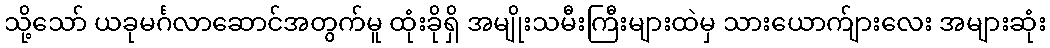
သို့သော် ယခုမင်္ဂလာဆောင်အတွက်မူ ထုံးခိုရှိ အမျိုးသမီးကြီးများထဲမှ သားယောက်ျားလေး အများဆုံး